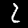
Label: 2